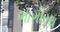
ભાગીરથ